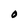
Character: O